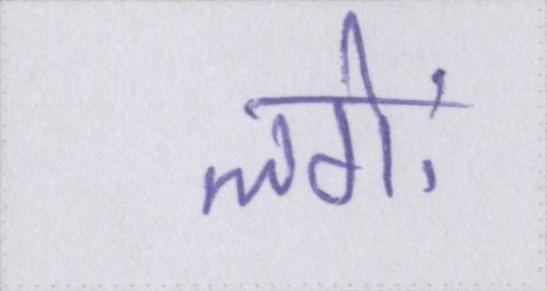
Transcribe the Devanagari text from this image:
लगेः